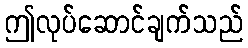
ဤလုပ်ဆောင်ချက်သည်